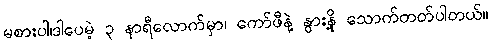
မစားပါ၊ဒါပေမဲ့ ၃ နာရီလောက်မှာ၊ ကော်ဖီနဲ့ နွားနို့ သောက်တတ်ပါတယ်။